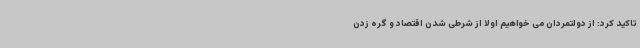
تاکید کرد: از دولتمردان می خواهیم اولاً از شرطی شدن اقتصاد و گره زدن